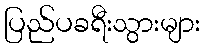
ပြည်ပခရီးသွားများ